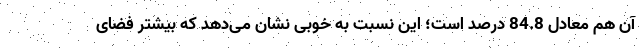
آن هم معادل 84.8 درصد است؛ این نسبت به خوبی نشان می‌دهد که بیشتر فضای